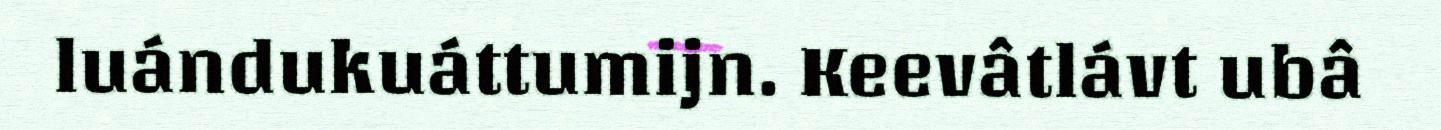
luándukuáttumijn. Keevâtlávt ubâ